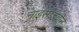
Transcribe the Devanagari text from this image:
नाइसीडवीन